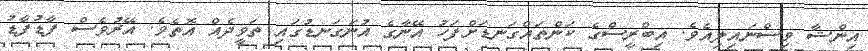
އިންޝާ ވިސްނައިލިއެވެ. އިބްރީސްގެ ކަންތައްގަނޑަށްފަހު އޭނާގެ އުނަގަނޑުގައި ތަވީދެއް އޮތެވެ. އޭރުވެސް ފާޑުފާޑު